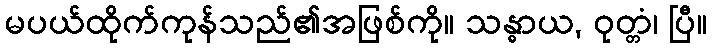
မပယ်ထိုက်ကုန်သည်၏အဖြစ်ကို။ သန္ဓာယ, ဝုတ္တံ၊ ပြီ။